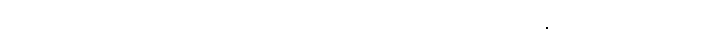
ဒေသတစ်ဝိုက်တွင် ကလေးတွေ ယခုလို မကြာခဏ ဖျားတတ်ကြောင်းနှင့် စိတ်မပူဖို ရှင်းပြပြီး